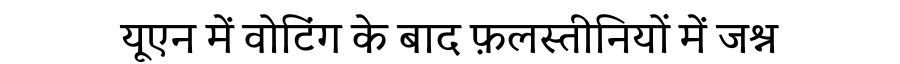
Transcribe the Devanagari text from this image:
यूएन में वोटिंग के बाद फ़लस्तीनियों में जश्न